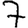
Digit: 7